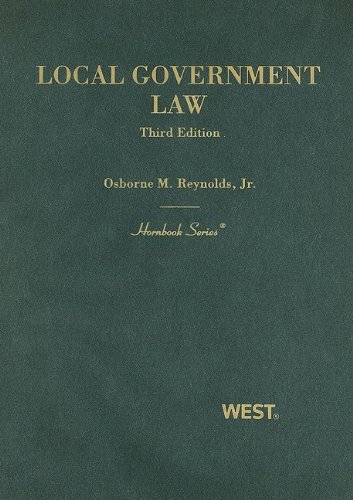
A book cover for Local Government Law (Hornbook); Osborne Reynolds Jr; Law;